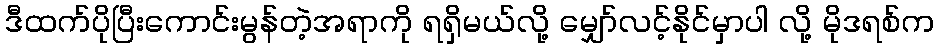
ဒီထက်ပိုပြီးကောင်းမွန်တဲ့အရာကို ရရှိမယ်လို့ မျှော်လင့်နိုင်မှာပါ လို့ မိုဒရစ်က